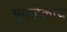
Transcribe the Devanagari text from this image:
भुवलेकाय